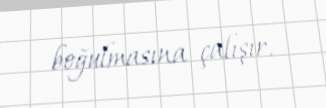
boğulmasına çalışır.